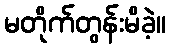
မတိုက်တွန်းမိခဲ့။